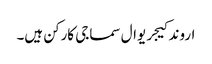
اروند کیجریوال سماجی کارکن ہیں۔